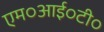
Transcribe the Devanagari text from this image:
एम०आई०टी०